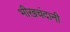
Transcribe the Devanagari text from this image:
भीखचंदानी